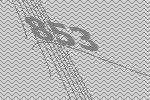
853